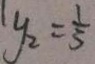
y _ { 2 } = \frac { 1 } { 5 }